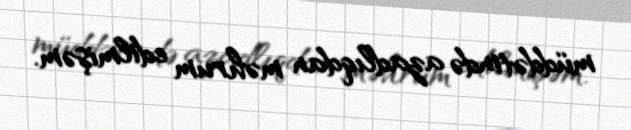
müddətində azadlıqdan məhrum edilmişəm.